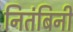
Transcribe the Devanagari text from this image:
नितंबिनी